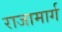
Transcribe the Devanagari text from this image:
राजामार्ग